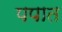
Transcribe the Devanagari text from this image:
पपात